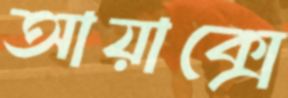
আয়াক্সে